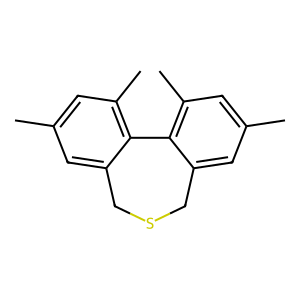
SMILES: Cc1cc(C)c2c(c1)CSCc1cc(C)cc(C)c1-2
Inhibits HIV replication: No